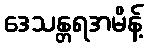
ဒေသန္တရအမိန့်